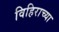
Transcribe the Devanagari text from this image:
विहिराच्या